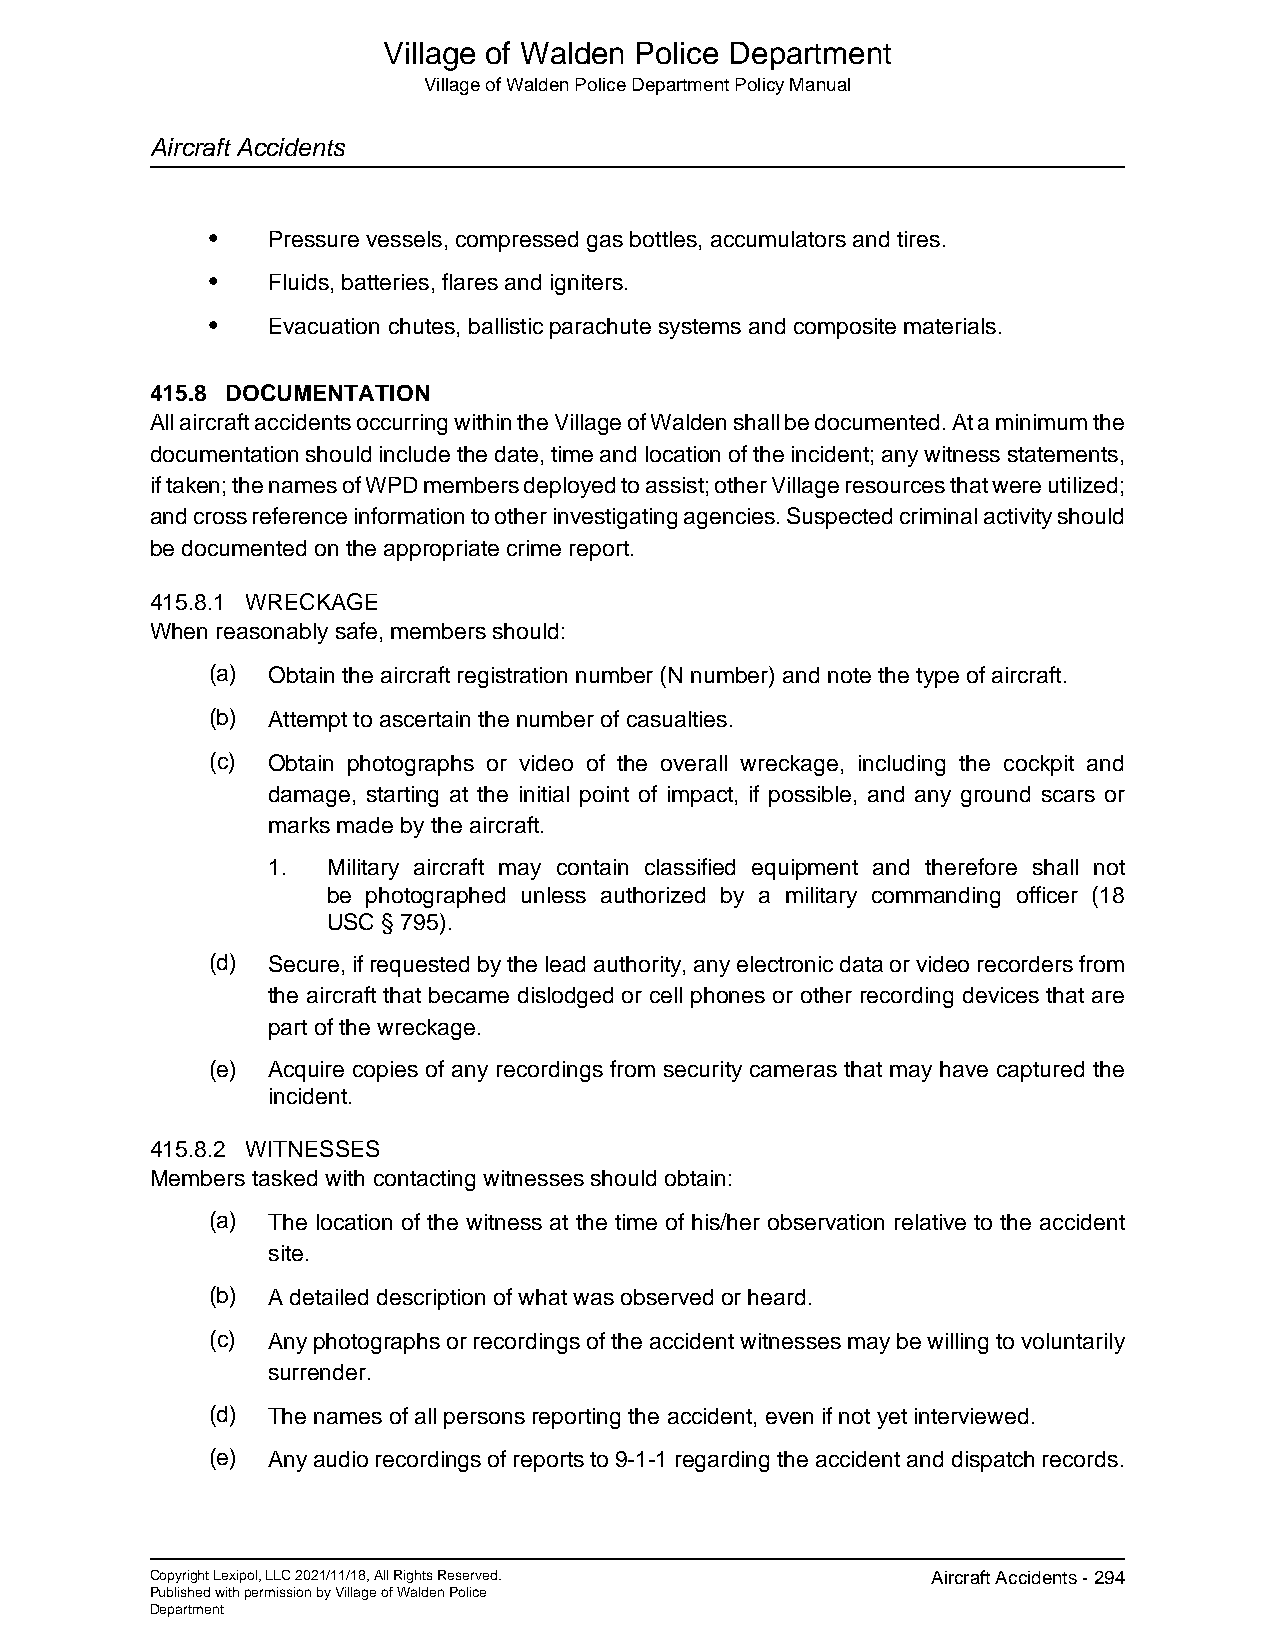
Village of Walden Police Department
 Village of Walden Police Department Policy Manual
 Aircraft Accidents
 •   Pressure vessels, compressed gas bottles, accumulators and tires.
 •   Fluids, batteries, flares and igniters.
 •   Evacuation chutes, ballistic parachute systems and composite materials.
 415.8 DOCUMENTATION
 All aircraft accidents occurring within the Village of Walden shall be documented. At a minimum the
 documentation should include the date, time and location of the incident; any witness statements,
 if taken; the names of WPD members deployed to assist; other Village resources that were utilized;
 and cross reference information to other investigating agencies. Suspected criminal activity should
 be documented on the appropriate crime report.
 415.8.1 WRECKAGE
 When reasonably safe, members should:
 (a) Obtain the aircraft registration number (N number) and note the type of aircraft.
 (b) Attempt to ascertain the number of casualties.
 (c) Obtain photographs or video of the overall wreckage, including the cockpit and
 damage, starting at the initial point of impact, if possible, and any ground scars or
 marks made by the aircraft.
 1.  Military aircraft may contain classified equipment and therefore shall not
 be photographed unless authorized by a military commanding officer (18
 USC § 795).
 (d) Secure, if requested by the lead authority, any electronic data or video recorders from
 the aircraft that became dislodged or cell phones or other recording devices that are
 part of the wreckage.
 (e) Acquire copies of any recordings from security cameras that may have captured the
 incident.
 415.8.2 WITNESSES
 Members tasked with contacting witnesses should obtain:
 (a) The location of the witness at the time of his/her observation relative to the accident
 site.
 (b) A detailed description of what was observed or heard.
 (c) Any photographs or recordings of the accident witnesses may be willing to voluntarily
 surrender.
 (d) The names of all persons reporting the accident, even if not yet interviewed.
 (e) Any audio recordings of reports to 9-1-1 regarding the accident and dispatch records.
 Copyright Lexipol, LLC 2021/11/18, All Rights Reserved. Aircraft Accidents - 294
 Published with permission by Village of Walden Police
 Department